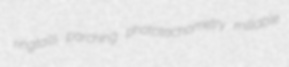
ringtails parching phototachometry millable